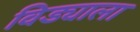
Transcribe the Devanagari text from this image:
विड्याला